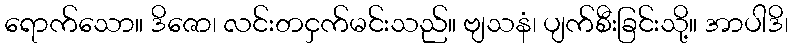
ရောက်သော။ ဒိဇော၊ လင်းတငှက်မင်းသည်။ ဗျသနံ၊ ပျက်စီးခြင်းသို့။ အာပါဒိ၊